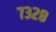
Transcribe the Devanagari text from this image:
७३२८